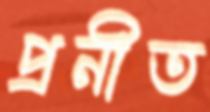
প্রনীত